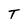
Character: T